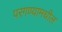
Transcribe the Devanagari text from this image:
परगण्यामधील